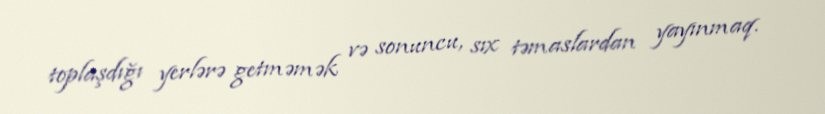
toplaşdığı yerlərə getməmək və sonuncu, sıx təmaslardan yayınmaq.